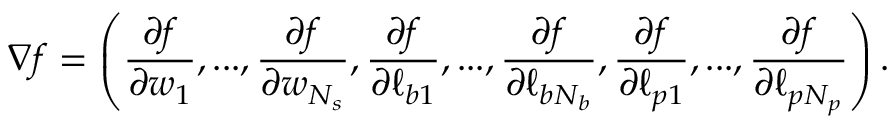
\nabla f = \left( \frac { \partial f } { \partial w _ { 1 } } , . . . , \frac { \partial f } { \partial w _ { N _ { s } } } , \frac { \partial f } { \partial \ell _ { b 1 } } , . . . , \frac { \partial f } { \partial \ell _ { b N _ { b } } } , \frac { \partial f } { \partial \ell _ { p 1 } } , . . . , \frac { \partial f } { \partial \ell _ { p N _ { p } } } \right) .